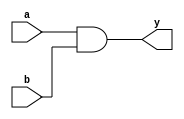
`timescale 1ns / 1ps
//////////////////////////////////////////////////////////////////////////////////
// Module Name: xup_and2
//////////////////////////////////////////////////////////////////////////////////
module xup_and2 #(parameter DELAY=3)(
    input a,
    input b,
    output y
    );
    
    and #DELAY (y,a,b);
    
endmodule